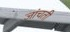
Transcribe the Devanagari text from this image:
जांचती